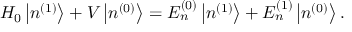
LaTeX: H _ { 0 } \left| n ^ { ( 1 ) } \right\rangle + V \left| n ^ { ( 0 ) } \right\rangle = E _ { n } ^ { ( 0 ) } \left| n ^ { ( 1 ) } \right\rangle + E _ { n } ^ { ( 1 ) } \left| n ^ { ( 0 ) } \right\rangle .